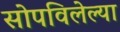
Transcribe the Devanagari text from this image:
सोपविलेल्या